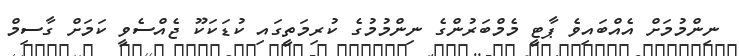
ނިންމުމަށް އެއްބައިވެ ޕާޓީ މެމްބަރުންގެ ނިންމުމުގެ ކުރިމަތީގައި ކުޑަކަކޫ ޖެއްސެވީ ކަމަށް ގާސިމް